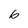
Character: b